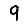
Digit: 9